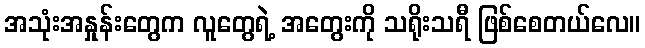
အသုံးအနှုန်းတွေက လူတွေရဲ့ အတွေးကို သရိုးသရီ ဖြစ်စေတယ်လေ။